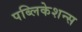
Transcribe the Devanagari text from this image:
पब्लिकेशन्‍स